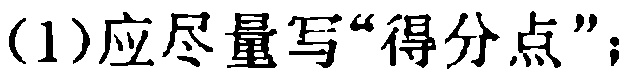
(1)应尽量写“得分点”；